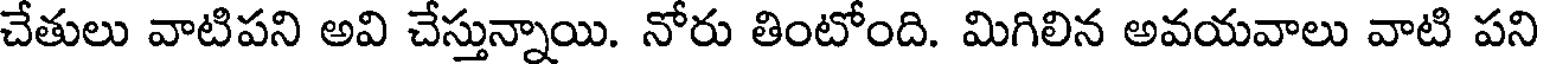
చేతులు వాటిపని అవి చేస్తున్నాయి. నోరు తింటోంది. మిగిలిన అవయవాలు వాటి పని